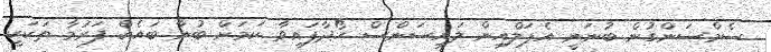
ސެމްސަންގުން ބުނަނީ އެޕަލްއިން ލައިސަންސް ހޯދާފައިވާ ކަމަށް ބުނާ ބައެއް ފަރުމާ ތަކަކީ